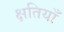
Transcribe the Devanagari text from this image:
क्षतियाँ